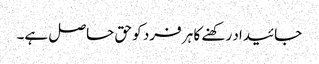
جائیداد رکھنے کا ہر فرد کو حق حاصل ہے۔